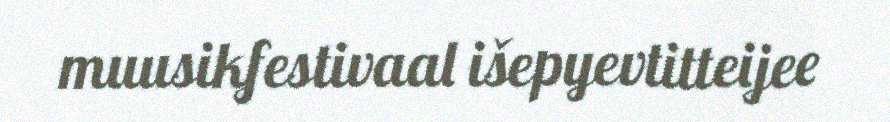
muusikfestivaal išepyevtitteijee